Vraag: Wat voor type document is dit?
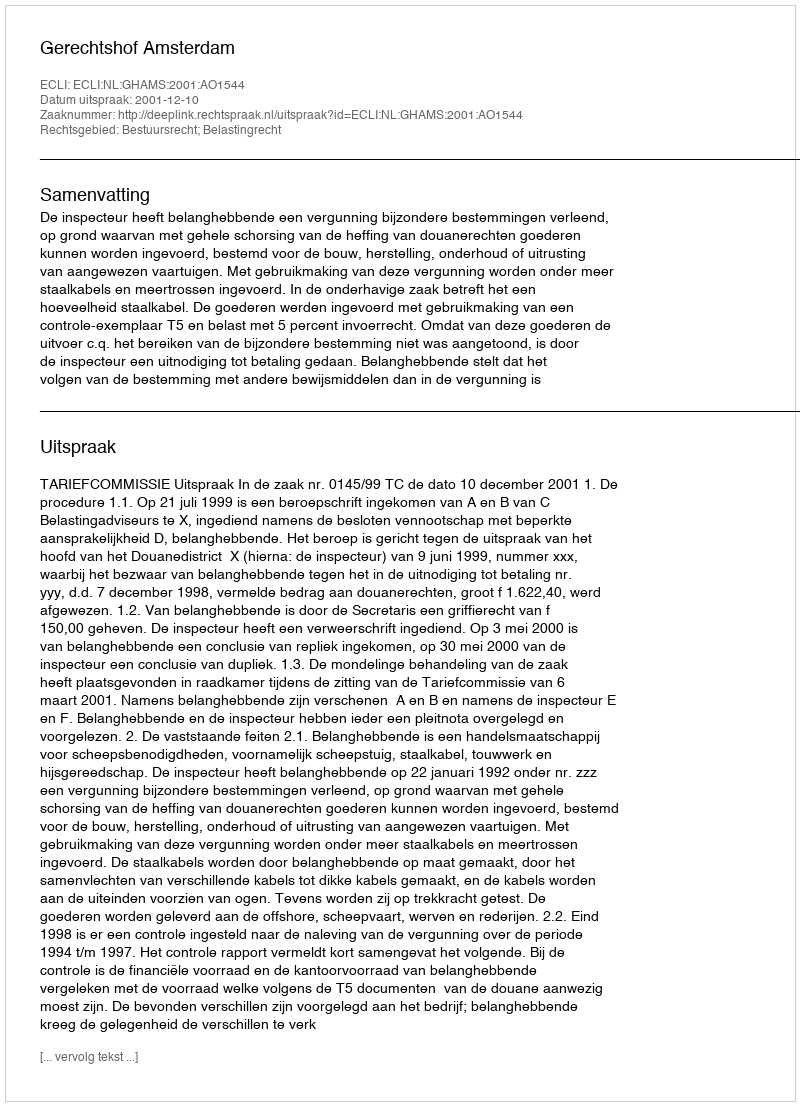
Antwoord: Uitspraak